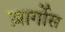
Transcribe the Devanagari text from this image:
ज़ार्गोस